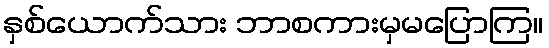
နှစ်ယောက်သား ဘာစကားမှမပြောကြ။